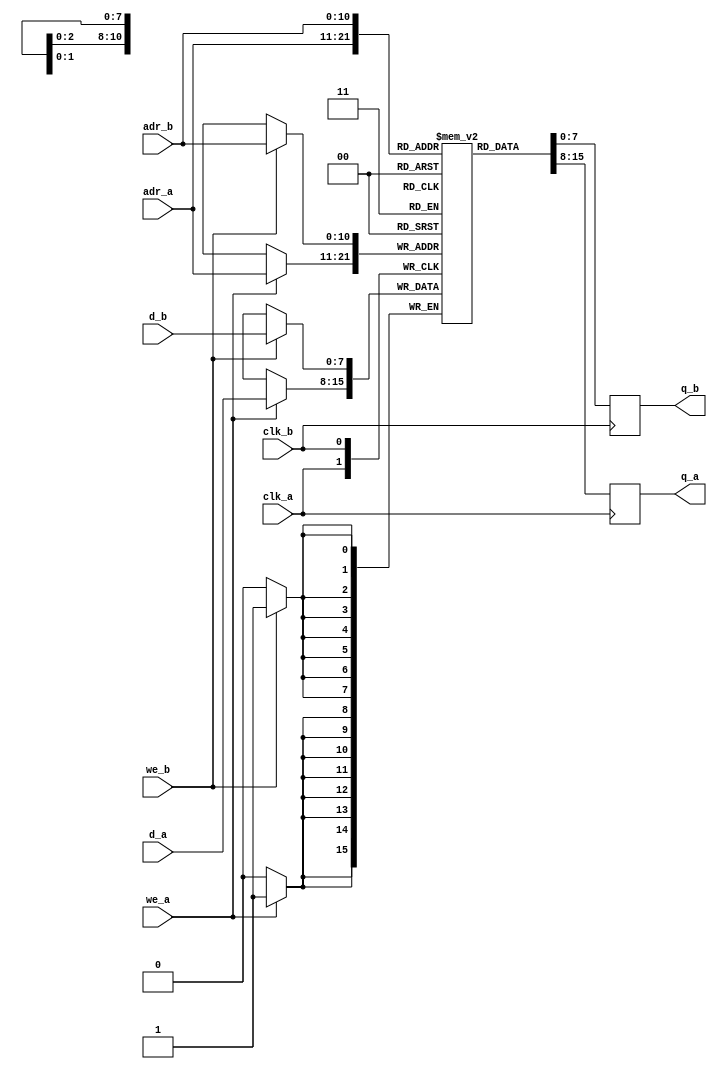
module versatile_fifo_dptam_dw
  (
   d_a,
   q_a,
   adr_a, 
   we_a,
   clk_a,
   q_b,
   adr_b,
   d_b, 
   we_b,
   clk_b
   );
   parameter DATA_WIDTH = 8;
   parameter ADDR_WIDTH = 11;
   input [(DATA_WIDTH-1):0]      d_a;
   input [(ADDR_WIDTH-1):0] 	 adr_a;
   input [(ADDR_WIDTH-1):0] 	 adr_b;
   input 			 we_a;
   output reg[(DATA_WIDTH-1):0] 	 q_b;
   input [(DATA_WIDTH-1):0] 	 d_b;
   output reg [(DATA_WIDTH-1):0] q_a;
   input 			 we_b;
   input 			 clk_a, clk_b;
  
   reg [DATA_WIDTH-1:0] ram [2**ADDR_WIDTH-1:0] ;
   always @ (posedge clk_a)
     begin 
     q_a <= ram[adr_a];
	if (we_a)  begin
	     ram[adr_a] <= d_a;
	    
	  end
end	
   always @ (posedge clk_b)
     begin 
     q_b <= ram[adr_b];
	if (we_b)
	  begin
	     ram[adr_b] <= d_b;
	     
	  end
	
	  
     end
endmodule